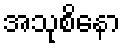
အသုစိနော